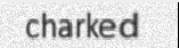
charked